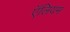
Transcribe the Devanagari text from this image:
ऍलियम